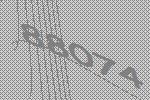
88074